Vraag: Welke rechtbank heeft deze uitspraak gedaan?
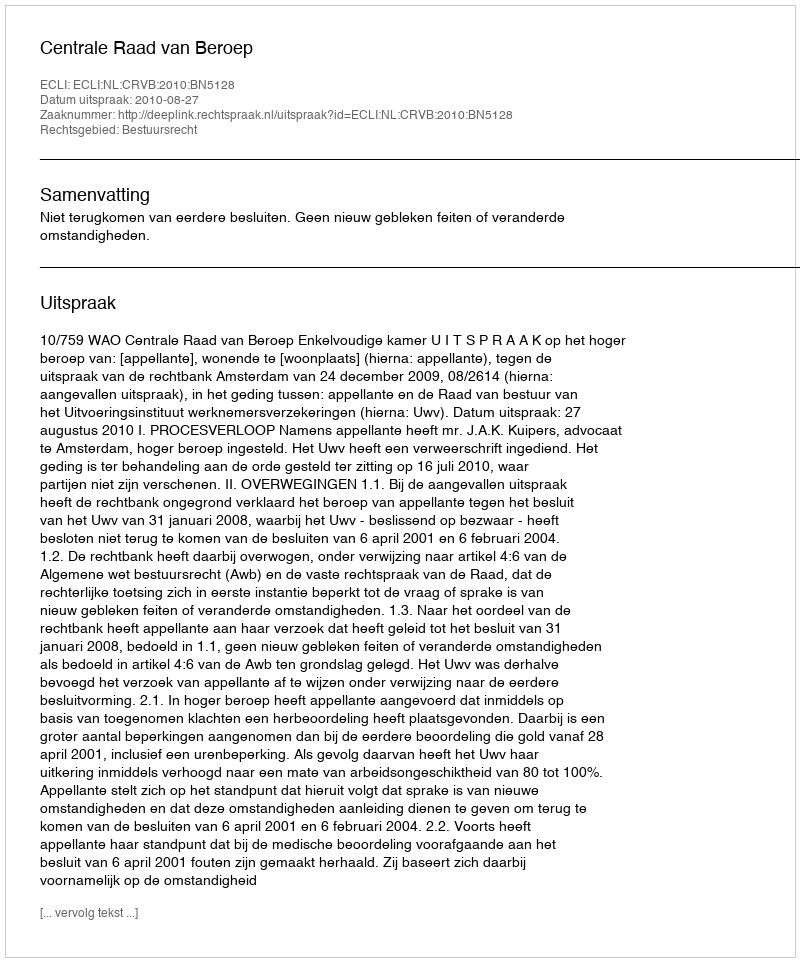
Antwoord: Centrale Raad van Beroep